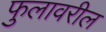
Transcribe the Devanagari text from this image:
फुलावरील